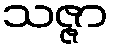
သဇ္ဇာ